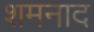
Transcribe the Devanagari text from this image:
शमनाद